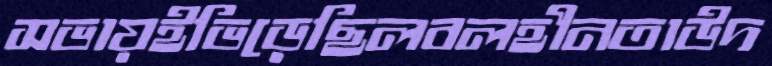
সভায়ইভিড়েছিলবলহীনতাউদ